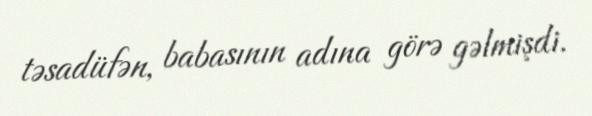
təsadüfən, babasının adına görə gəlmişdi.